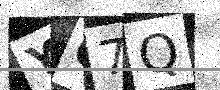
Text: YQ7Q